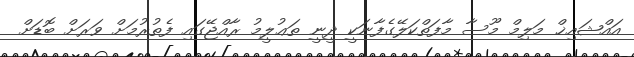
އައްޝައިޚް މަލިމް މޫސާ މާފަތްކަލޭގެފާނަކީ ދީނީ ތަޢުލީމު ރާއްޖޭގައި ފެތުރުމަށް ވަރަށް ބޮޑަށް